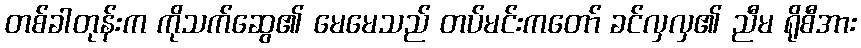
တစ်ခါတုန်းက ကိုသက်ဆွေ၏ မေမေသည် တပ်မင်းကတော် ခင်လှလှ၏ ညီမ ရိုစီအား